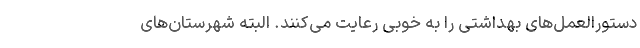
دستورالعمل‌های بهداشتی را به خوبی رعایت می‌کنند. البته شهرستان‌های